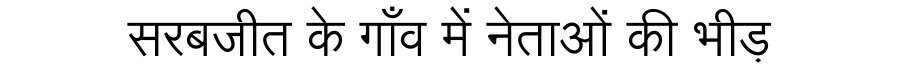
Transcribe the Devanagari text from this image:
सरबजीत के गाँव में नेताओं की भीड़